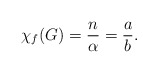
\begin{align*}\chi_f(G) = \frac{n}{\alpha} = \frac{a}{b}.\end{align*}